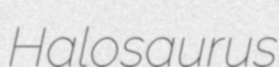
Halosaurus